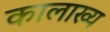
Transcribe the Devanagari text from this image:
कालाख्य